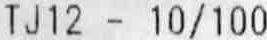
TJ12 - 10/100